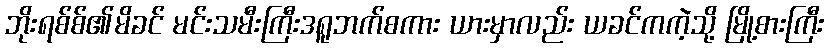
ဘိုးရစ်စ်၏မိခင် မင်းသမီးကြီးဒရူဘက်စကား ယားမှာလည်း ယခင်ကကဲ့သို့ မြို့စားကြီး